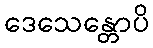
ဒေသေန္တောပိ